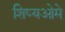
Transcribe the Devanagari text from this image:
शिष्यओमे